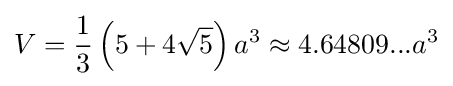
V={\frac {1}{3}}\left(5+4{\sqrt {5}}\right)a^{3}\approx 4.64809...a^{3}